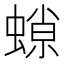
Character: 𧎾